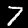
Label: 7